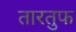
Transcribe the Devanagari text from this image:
तारतुफ